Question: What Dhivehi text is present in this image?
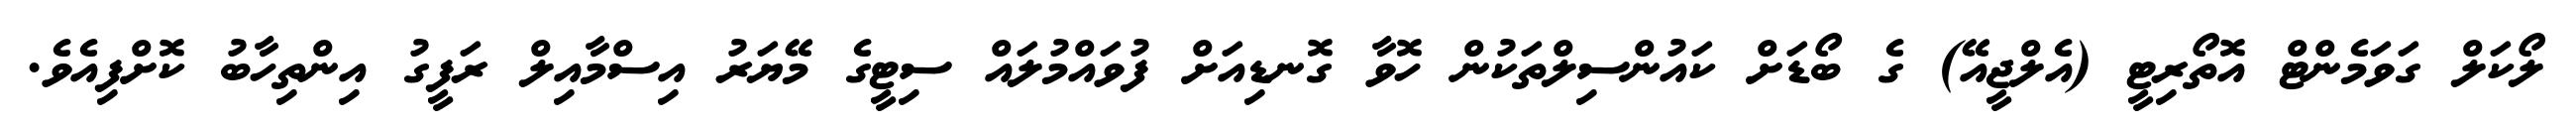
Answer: ލޯކަލް ގަވަމެންޓް އޮތޯރިޓީ (އެލްޖީއޭ) ގެ ބޯޑަށް ކައުންސިލްތަކުން ހޮވާ ގޮނޑިއަށް ފުވައްމުލައް ސިޓީގެ މޭޔަރު އިސްމާއިލް ރަފީގު އިންތިހާބު ކޮށްފިއެވެ.